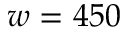
w = 4 5 0